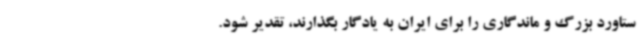
ستاورد بزرگ و ماندگاری را برای ایران به یادگار بگذارند، تقدیر شود.